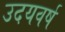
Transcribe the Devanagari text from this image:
उदयवर्ष